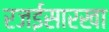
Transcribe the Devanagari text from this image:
रजईसारखा